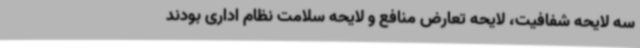
سه لایحه شفافیت، لایحه تعارض منافع و لایحه سلامت نظام اداری بودند